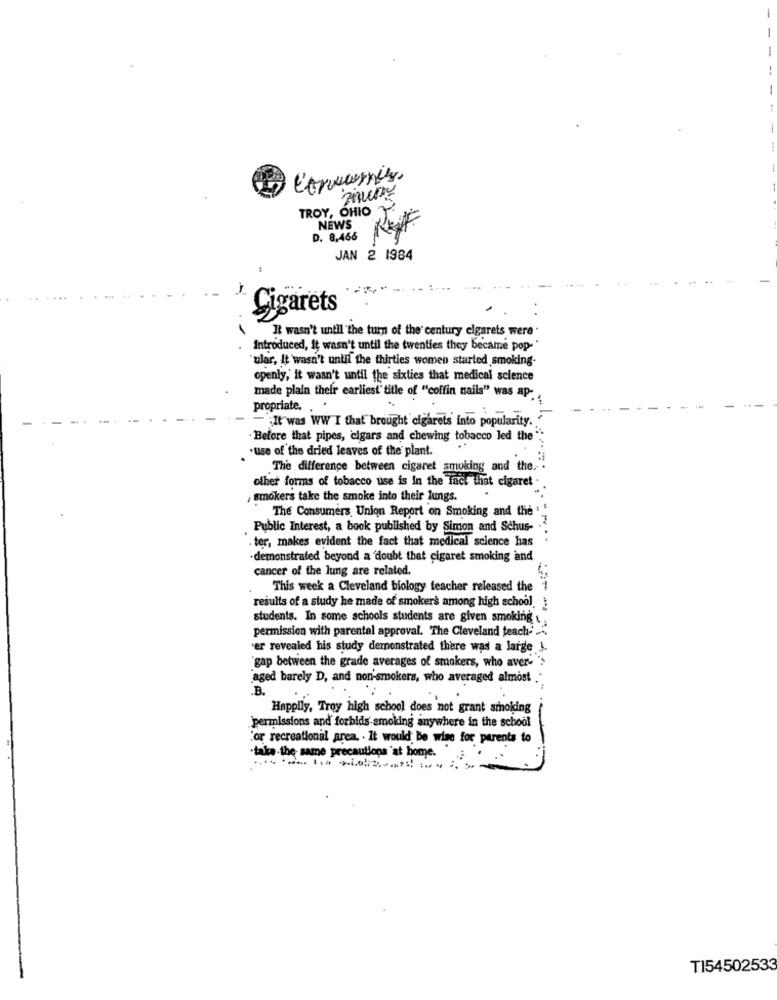
1
-
1
TROY, OHIO Y.
NEWS
D. 8.466
JAN 2 1984
Cigarets
It wasn't until the turn of the century cigarets were.
Introduced, It wasn't until the twenties they became pop-
ular, It wasn't until the thirties women started smoking-
openly, it wasn't until the sixties that medical science
made plain their earliest' title of "coffin nails" was ap ..
propriate. . .
It was WW I that brought cigarets into popularity."
Before that pipes, cigars and chewing tobacco led the ";
.use of the dried leaves of the plant.
The difference between cigaret smoking and the.
other forms of tobacco use is in the fact that cigaret .
, smokers take the smoke into their lungs.
The Consumers Union Report on Smoking and the'
Public Interest, a book published by Simon and Schus-
. ter, makes evident the fact that medical science has
-demonstrated beyond a 'doubt that cigaret smoking and
cancer of the lung are related.
This week a Cleveland biology teacher released the
results of a study he made of smokers among high school. }
students. In some schools students are given smoking .
permission with parental approval. The Cleveland teach ....
'er revealed his study demonstrated there was a large J.
"gap between the grade averages of smokers, who aver- ">
aged barely D, and non-smokers, who averaged almost
B.
Happily, Troy high school does not grant smoking
permissions and forbids smoking anywhere in the school
for recreational area. . It would be wise for parents to
-take the same precautions "at home.
TI54502533